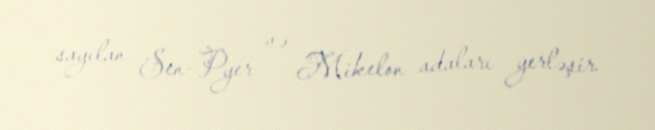
sayılan Sen-Pyer və Mikelon adaları yerləşir.